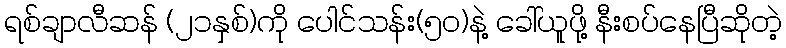
ရစ်ချာလီဆန် (၂၁နှစ်)ကို ပေါင်သန်း(၅၀)နဲ့ ခေါ်ယူဖို့ နီးစပ်နေပြီဆိုတဲ့